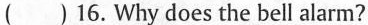
( ) 16.Why does the bell alarm?